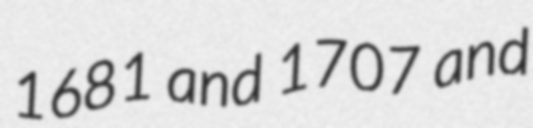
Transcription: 1681 and 1707 and